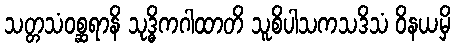
သတ္တသံဝစ္ဆရာနိ သုဒ္ဓိကဂါထာတိ သူစိပါသကသဒိသံ ဝိနယမှိ